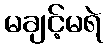
မချင့်မရဲ